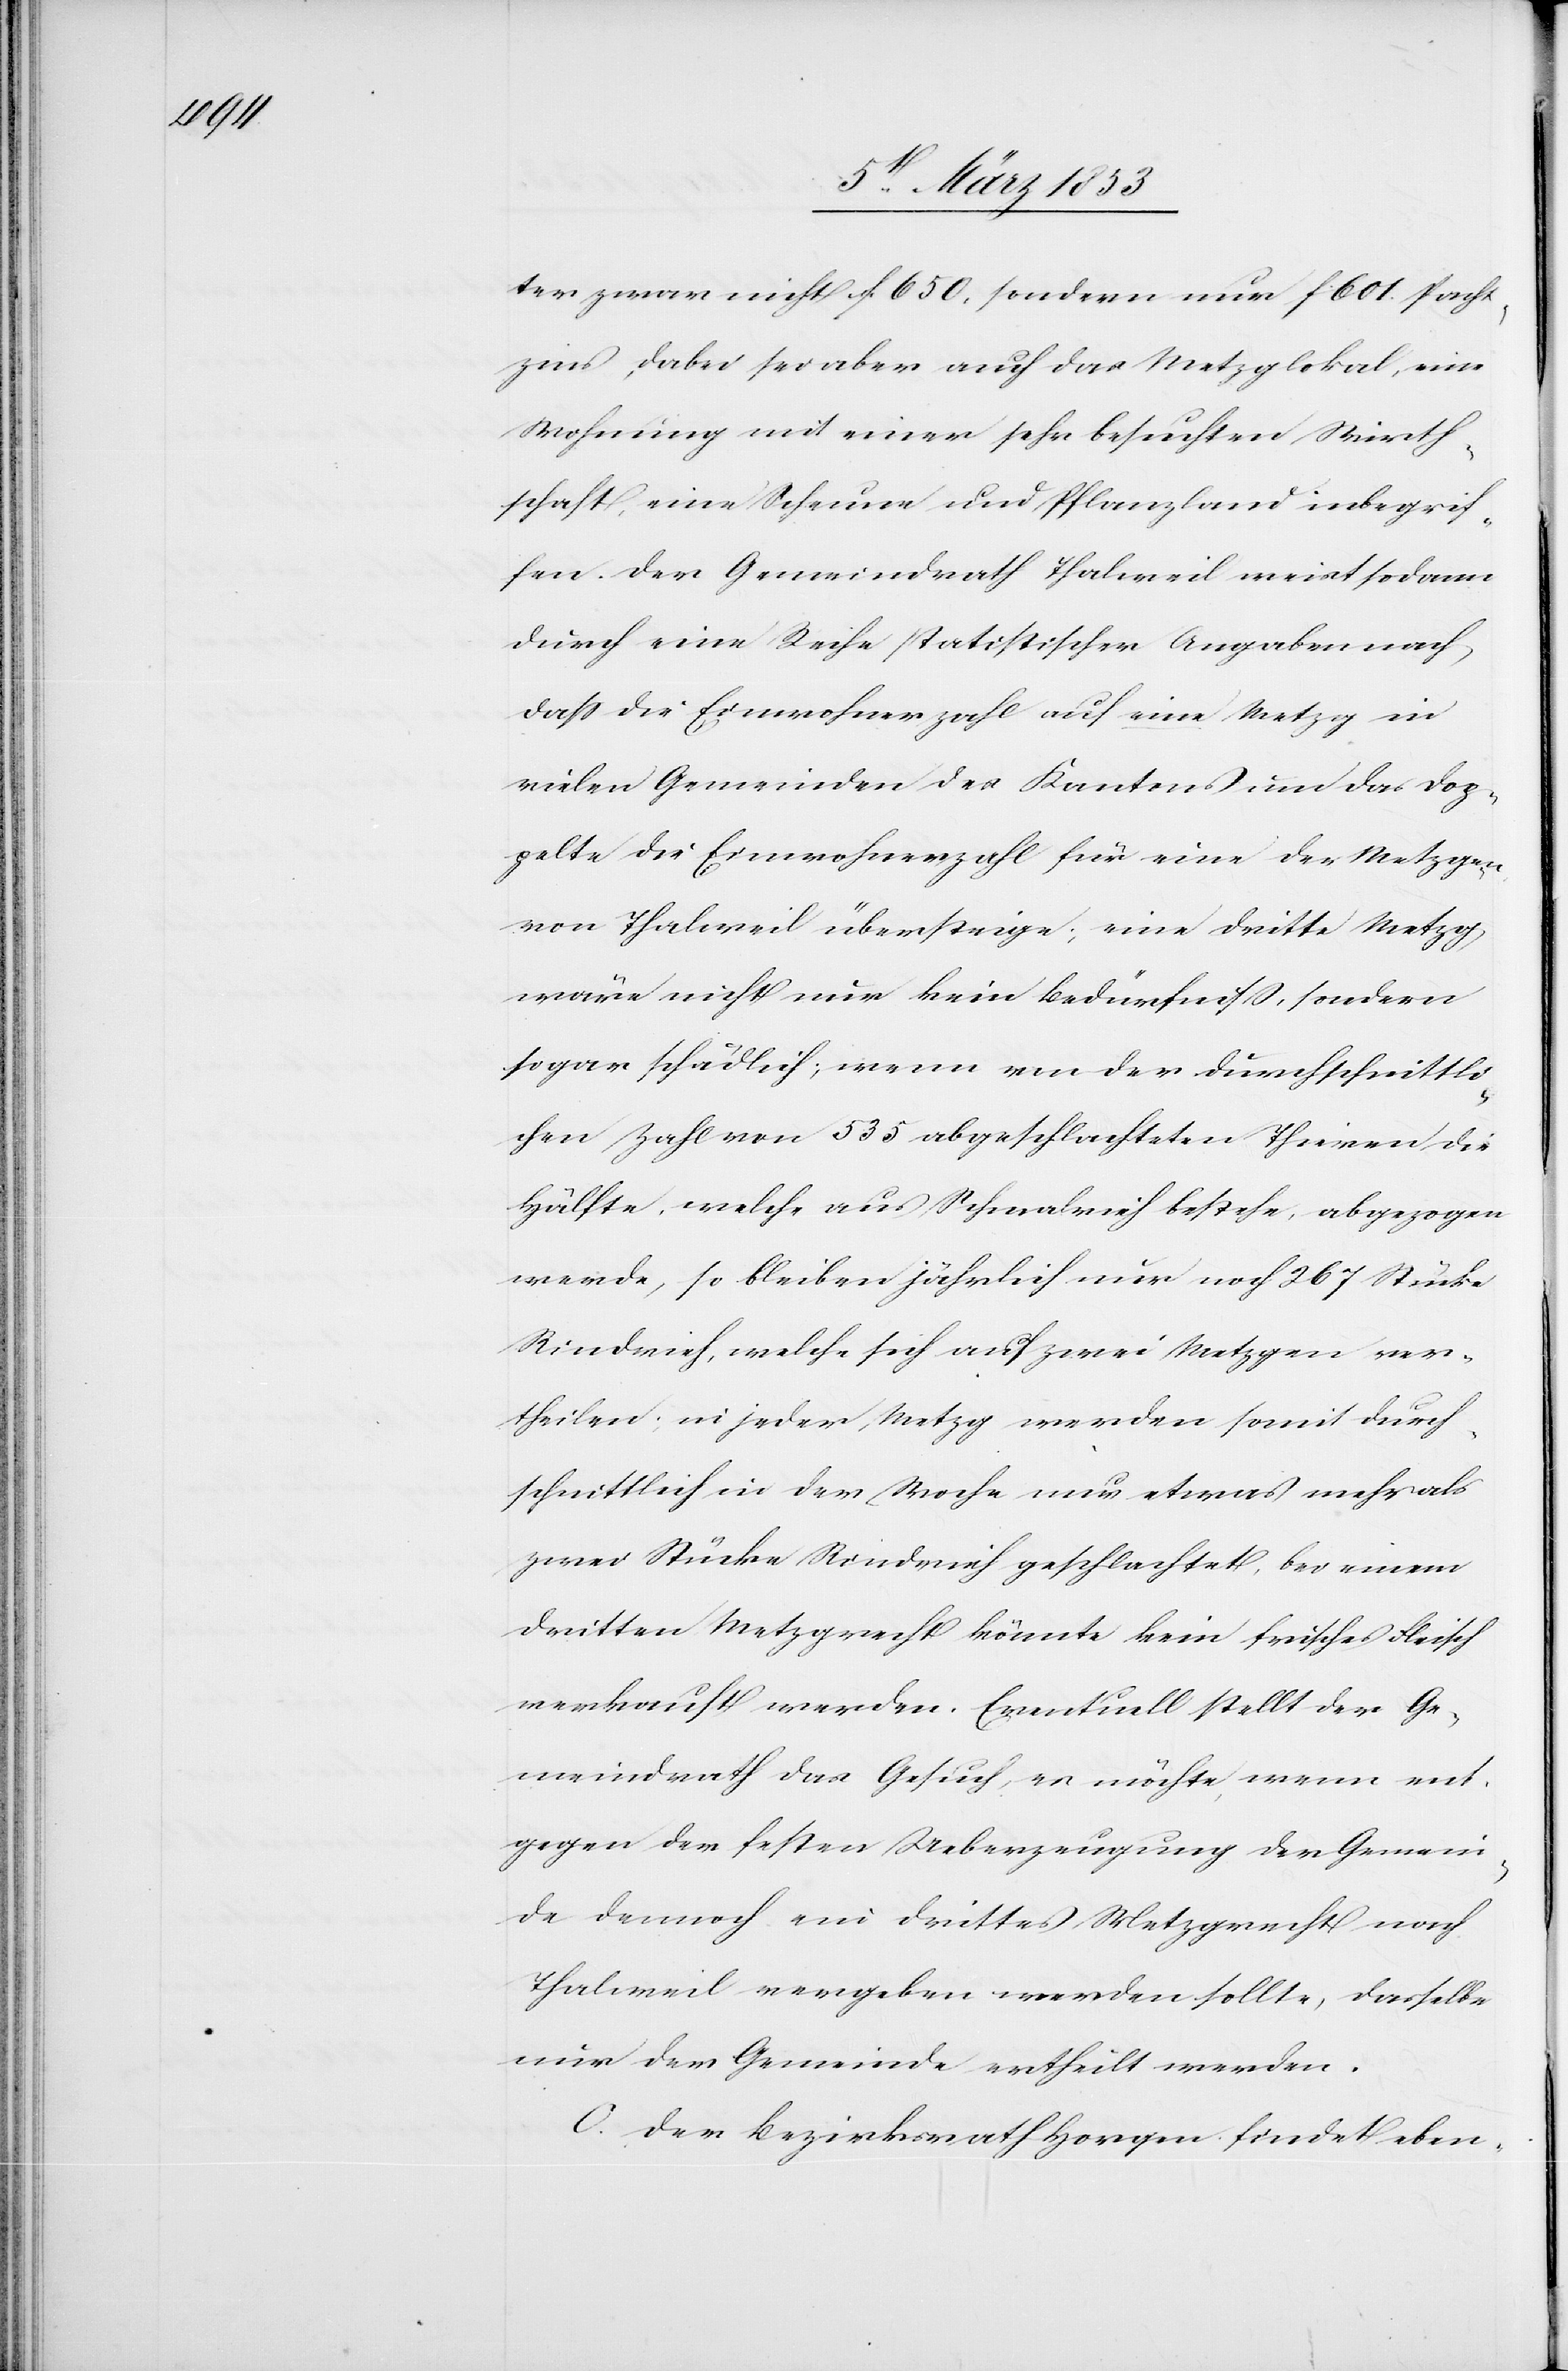
ter zwar nicht f. 650, sondern nur f. 601 Pacht¬
zins, dabei sei aber auch das Metzglokal, eine
Wohnung mit einer sehr besuchten Wirth¬
schaft, eine Scheune und Pflanzland inbegrif¬
fen. Der Gemeindrath Thalweil weist sodann
durch eine Reihe statistischer Angaben nach
daß die Einwohnerzahl auf eine Metzg in
vielen Gemeinden des Kantons um das dop¬
pelte die Einwohnerzahl für eine der Metzgen
von Thalweil übersteige; eine dritte Metzg
wäre nicht nur kein Bedürfniß, sondern
sogar schädlich, wenn von der durchschnittli¬
chen Zahl von 535 abgeschlachteten Thieren die
Hälfte, welche aus Schaabvieh bestehe, abgezogen
werde, so bleiben jährlich nur noch 267 Stücke
Rindvieh, welche sich auf zwei Metzgen ver¬
theilen, in jeder Metzg werden somit durch¬
schnittlich in der Woche nur etwas mehr als
zwei Stücke Rindvieh geschlachtet bei einem
dritten Metzgrecht könnte kein frisches Fleisch
verkauft werden. Eventuell stellt der Ge¬
meindrath das Gesuch, es möchte wenn ent¬
gegen der festen Ueberzeugung der Gemein¬
de dennoch ein drittes Metzgrecht nach
Thalweil vergeben werden sollte, dasselbe
nur der Gemeinde ertheilt werden.
C. Der Bezirksrath Horgen findet eben-